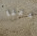
يدعنا